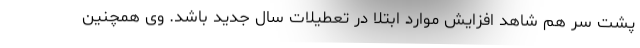
پشت سر هم شاهد افزایش موارد ابتلا در تعطیلات سال جدید باشد. وی همچنین